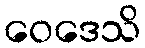
ဝေဒေသိ